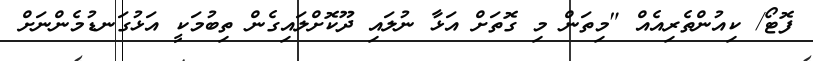
ފޮޓޯ/ ކިއުންތެރިއެއް "މިތަން މި ގޮތަށް އަޅާ ނުލައި ދޫކޮށްލައިގެން ތިބުމަކީ އަޅުގަނޑުމެންނަށް